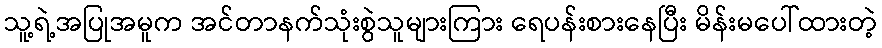
သူ့ရဲ့အပြုအမူက အင်တာနက်သုံးစွဲသူများကြား ရေပန်းစားနေပြီး မိန်းမပေါ်ထားတဲ့